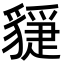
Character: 𧴇